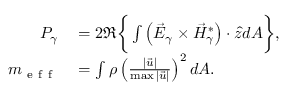
\begin{array} { r l } { P _ { \gamma } } & { { } = 2 \Re \bigg \{ \int \left( \vec { E } _ { \gamma } \times \vec { H } _ { \gamma } ^ { * } \right) \cdot \hat { z } d A \bigg \} , } \\ { m _ { \mathrm { ~ e ~ f ~ f ~ } } } & { { } = \int \rho \left( \frac { | \vec { u } | } { \operatorname* { m a x } | \vec { u } | } \right) ^ { 2 } d A . } \end{array}